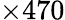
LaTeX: \times 470